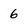
Character: 6